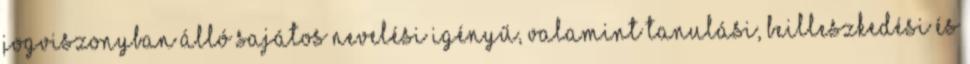
jogviszonyban álló sajátos nevelési igényű, valamint tanulási, beilleszkedési és